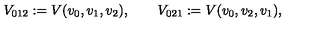
V _ { 0 1 2 } : = V ( v _ { 0 } , v _ { 1 } , v _ { 2 } ) , \qquad V _ { 0 2 1 } : = V ( v _ { 0 } , v _ { 2 } , v _ { 1 } ) ,